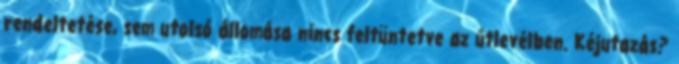
rendeltetése, sem utolsó állomása nincs feltüntetve az útlevélben. Kéjutazás?